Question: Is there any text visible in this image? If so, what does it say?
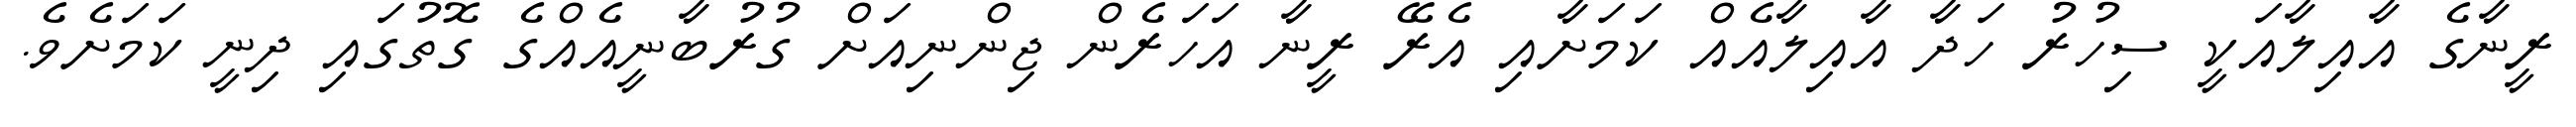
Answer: ރީނާގެ އާއިލާއަކީ ސިހުރު ހަދާ އާއިލާއެއް ކަމަށާއި އެރޭ ރީނާ އަހަރެން ޖިންނިއަށް ގުރުބާނީއެއްގެ ގޮތުގައި ދިނީ ކަމަށެވެ.